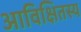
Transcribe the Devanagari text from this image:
आविक्षितस्य